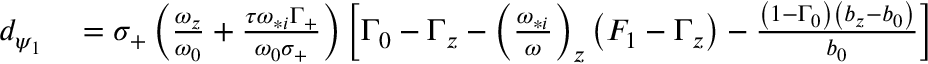
\begin{array} { r l } { d _ { \psi _ { 1 } } } & { { } = \sigma _ { + } \left( \frac { \omega _ { z } } { \omega _ { 0 } } + \frac { \tau \omega _ { * i } \Gamma _ { + } } { \omega _ { 0 } \sigma _ { + } } \right) \left[ \Gamma _ { 0 } - \Gamma _ { z } - \left( \frac { \omega _ { * i } } { \omega } \right) _ { z } \left( F _ { 1 } - \Gamma _ { z } \right) - \frac { \left( 1 - \Gamma _ { 0 } \right) \left( b _ { z } - b _ { 0 } \right) } { b _ { 0 } } \right] } \end{array}